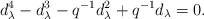
LaTeX: \begin{align*}d_\lambda^4 - d_\lambda^3 - q^{-1} d_\lambda^2 + q^{-1} d_\lambda =0.\end{align*}